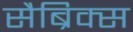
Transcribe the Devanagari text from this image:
सैब्रिक्स